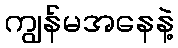
ကျွန်မအနေနဲ့